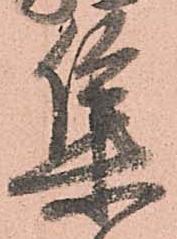
集